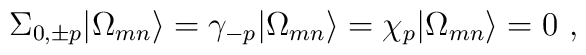
\Sigma_{0,\pm p}|\Omega_{mn}\rangle =\gamma_{-p}|\Omega_{mn}\rangle =\chi_{p}|\Omega_{mn}\rangle  =0 \ ,